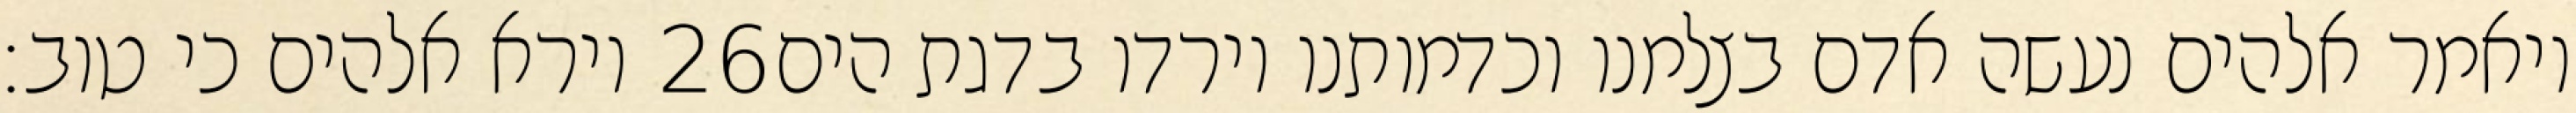
וירא אלהים כי טוב׃ ‎26‏ ויאמר אלהים נעשה אדם בצלמנו וכדמותנו וירדו בדגת הים